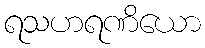
ရသဟရဏိယော